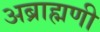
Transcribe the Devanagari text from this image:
अब्राह्मणी